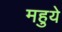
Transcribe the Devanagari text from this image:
महुये